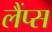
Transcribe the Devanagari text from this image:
लैंप्स